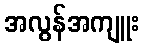
အလွန်အကျူး